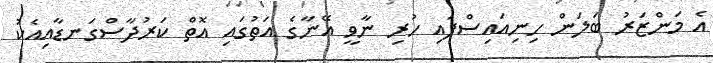
އެ މަންޒަރު ބަލަން ހިނިއައިސްފައި ހުރި ނާވީ އޭނާގެ އަތުގައި އޮތް ކަރުދާސްގަނޑާއިއެކު